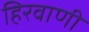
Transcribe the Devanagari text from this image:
हिरवाणी